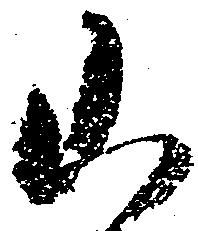
山